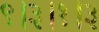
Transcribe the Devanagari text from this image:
९।३।१।३